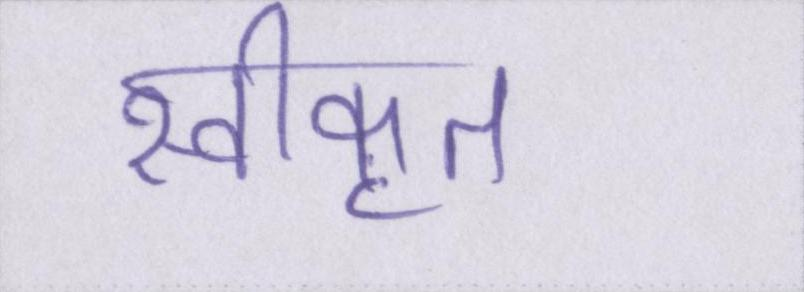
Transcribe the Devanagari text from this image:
स्वीकृत